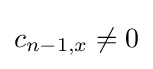
c_{n-1,x}\neq 0